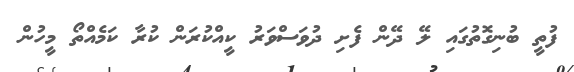
ފުތީ ބުނިގޮތުގައި ލޭ ދޭން ފެށި ދުވަސްވަރު ކީއްކުރަން ކުރާ ކަމެއްތޯ މީހުން